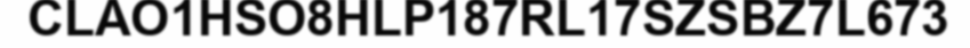
CLAO1HSO8HLP187RL17SZSBZ7L673